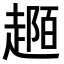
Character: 𧼟